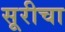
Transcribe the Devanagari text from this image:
सूरीचा